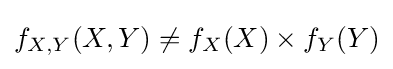
f_{X,Y}(X,Y)\neq f_{X}(X)\times f_{Y}(Y)